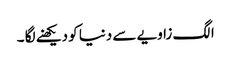
الگ زاویے سے دنیا کو دیکھنے لگا ۔